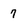
Character: 7